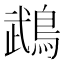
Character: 鵡